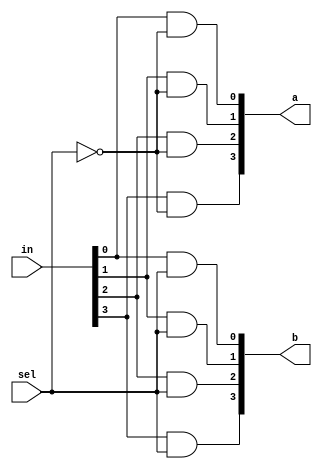
`timescale 1ns/1ps

module Dmux_1x2_4bit(in, a, b, sel);

input [4-1:0] in;
input sel;
output [4-1:0] a, b;
wire nsel;

not notsel(nsel, sel);
and anda1(a[0], in[0], nsel);
and anda2(a[1], in[1], nsel);
and anda3(a[2], in[2], nsel);
and anda4(a[3], in[3], nsel);

and andb1(b[0], in[0], sel);
and andb2(b[1], in[1], sel);
and andb3(b[2], in[2], sel);
and andb4(b[3], in[3], sel);

endmodule

module Mux_2x1_4bit(a, b, sel, f);
    input [4-1:0] a, b;
    input sel;
    output [4-1:0] f;

    wire not_sel;
    wire [4-1:0] newa, newb;
    not n1(not_sel, sel);
    and na1(newa[0], not_sel, a[0]);
    and na2(newa[1], not_sel, a[1]);
    and na3(newa[2], not_sel, a[2]);
    and na4(newa[3], not_sel, a[3]);
    and nb1(newb[0], sel, b[0]);
    and nb2(newb[1], sel, b[1]);
    and nb3(newb[2], sel, b[2]);
    and nb4(newb[3], sel, b[3]);
    or o1(f[0], newa[0], newb[0]);
    or o2(f[1], newa[1], newb[1]);
    or o3(f[2], newa[2], newb[2]);
    or o4(f[3], newa[3], newb[3]);

endmodule

module Crossbar_2x2_4bit(in1, in2, control, out1, out2);
input [4-1:0] in1, in2;
input control;
output [4-1:0] out1, out2;
wire [3:0] temp1, temp2, temp3, temp4;
wire ncontrol;

not notcontrol(ncontrol, control);
Dmux_1x2_4bit d1(.in(in1), .a(temp1), .b(temp2), .sel(control));
Dmux_1x2_4bit d2(.in(in2), .a(temp3), .b(temp4), .sel(ncontrol));

Mux_2x1_4bit m1(.a(temp1), .b(temp3), .sel(control), .f(out1));
Mux_2x1_4bit m2(.a(temp2), .b(temp4), .sel(ncontrol), .f(out2));

endmodule

module Crossbar_4x4_4bit(in1, in2, in3, in4, out1, out2, out3, out4, control);
input [4-1:0] in1, in2, in3, in4;
input [5-1:0] control;
output [4-1:0] out1, out2, out3, out4;

wire [4-1:0] temp1, temp2, temp3, temp4, temp5, temp6;

Crossbar_2x2_4bit c1(.in1(in1), .in2(in2), .control(control[0]), .out1(temp1), .out2(temp2));
Crossbar_2x2_4bit c2(.in1(in3), .in2(in4), .control(control[3]), .out1(temp3), .out2(temp4));
Crossbar_2x2_4bit c3(.in1(temp2), .in2(temp3), .control(control[2]), .out1(temp5), .out2(temp6));
Crossbar_2x2_4bit c4(.in1(temp1), .in2(temp5), .control(control[1]), .out1(out1), .out2(out2));
Crossbar_2x2_4bit c5(.in1(temp6), .in2(temp4), .control(control[4]), .out1(out3), .out2(out4));

endmodule